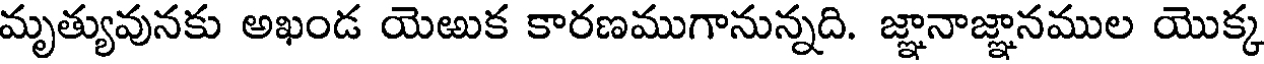
మృత్యువునకు అఖండ యెఱుక కారణముగానున్నది. జ్ఞానాజ్ఞానముల యొక్క